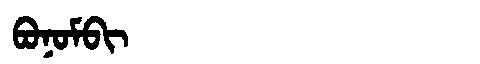
Manchu: ᠪᠣᠨᠣᠮᠪᡳ
Romanization: BONOMBI